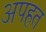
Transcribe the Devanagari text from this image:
अपहत